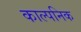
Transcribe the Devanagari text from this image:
काल्‍पनिक